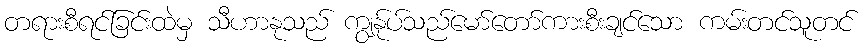
တရားစီရင်ခြင်းထဲမှ သီဟာနုသည် ကျွန်ုပ်သည်မော်တော်ကားစီးချင်သော ကမ်းတင်သူတင်